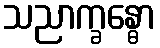
သညာက္ခန္ဓော